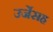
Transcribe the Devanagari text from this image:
उर्जेसह